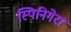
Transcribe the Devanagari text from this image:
स्पिनिगेरा